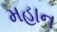
મહાન